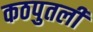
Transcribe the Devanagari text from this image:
कठपुतली